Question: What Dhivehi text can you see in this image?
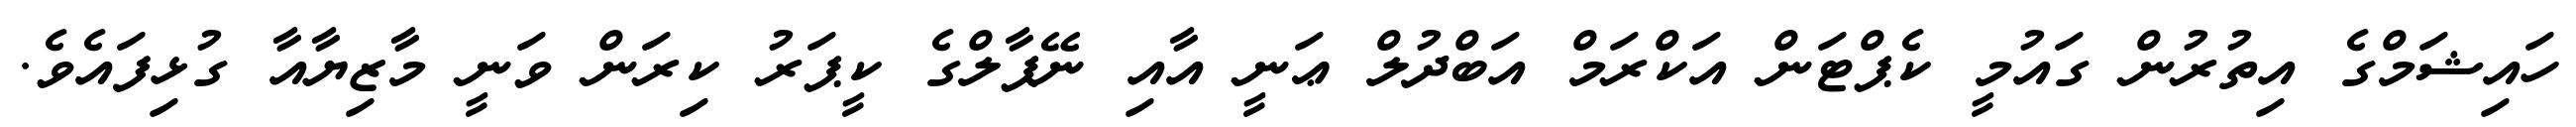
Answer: ހައިޝަމްގެ އިތުރުން ގައުމީ ކެޕްޓަން އަކްރަމް އަބްދުލް ޢަނީ އާއި ނޭޕާލްގެ ކީޕަރު ކިރަން ވަނީ މާޒިޔާއާ ގުޅިފައެވެ.